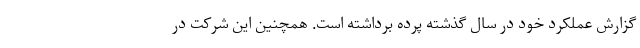
گزارش عملکرد خود در سال گذشته پرده برداشته است. همچنین این شرکت در